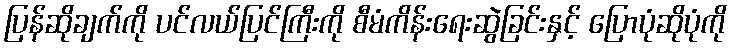
ပြန်ဆိုချက်ကို ပင်လယ်ပြင်ကြီးကို စီမံကိန်းရေးဆွဲခြင်းနှင့် ပြောပုံဆိုပုံကို